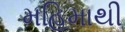
મહિમાથી